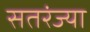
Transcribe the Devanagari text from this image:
सतरंज्या